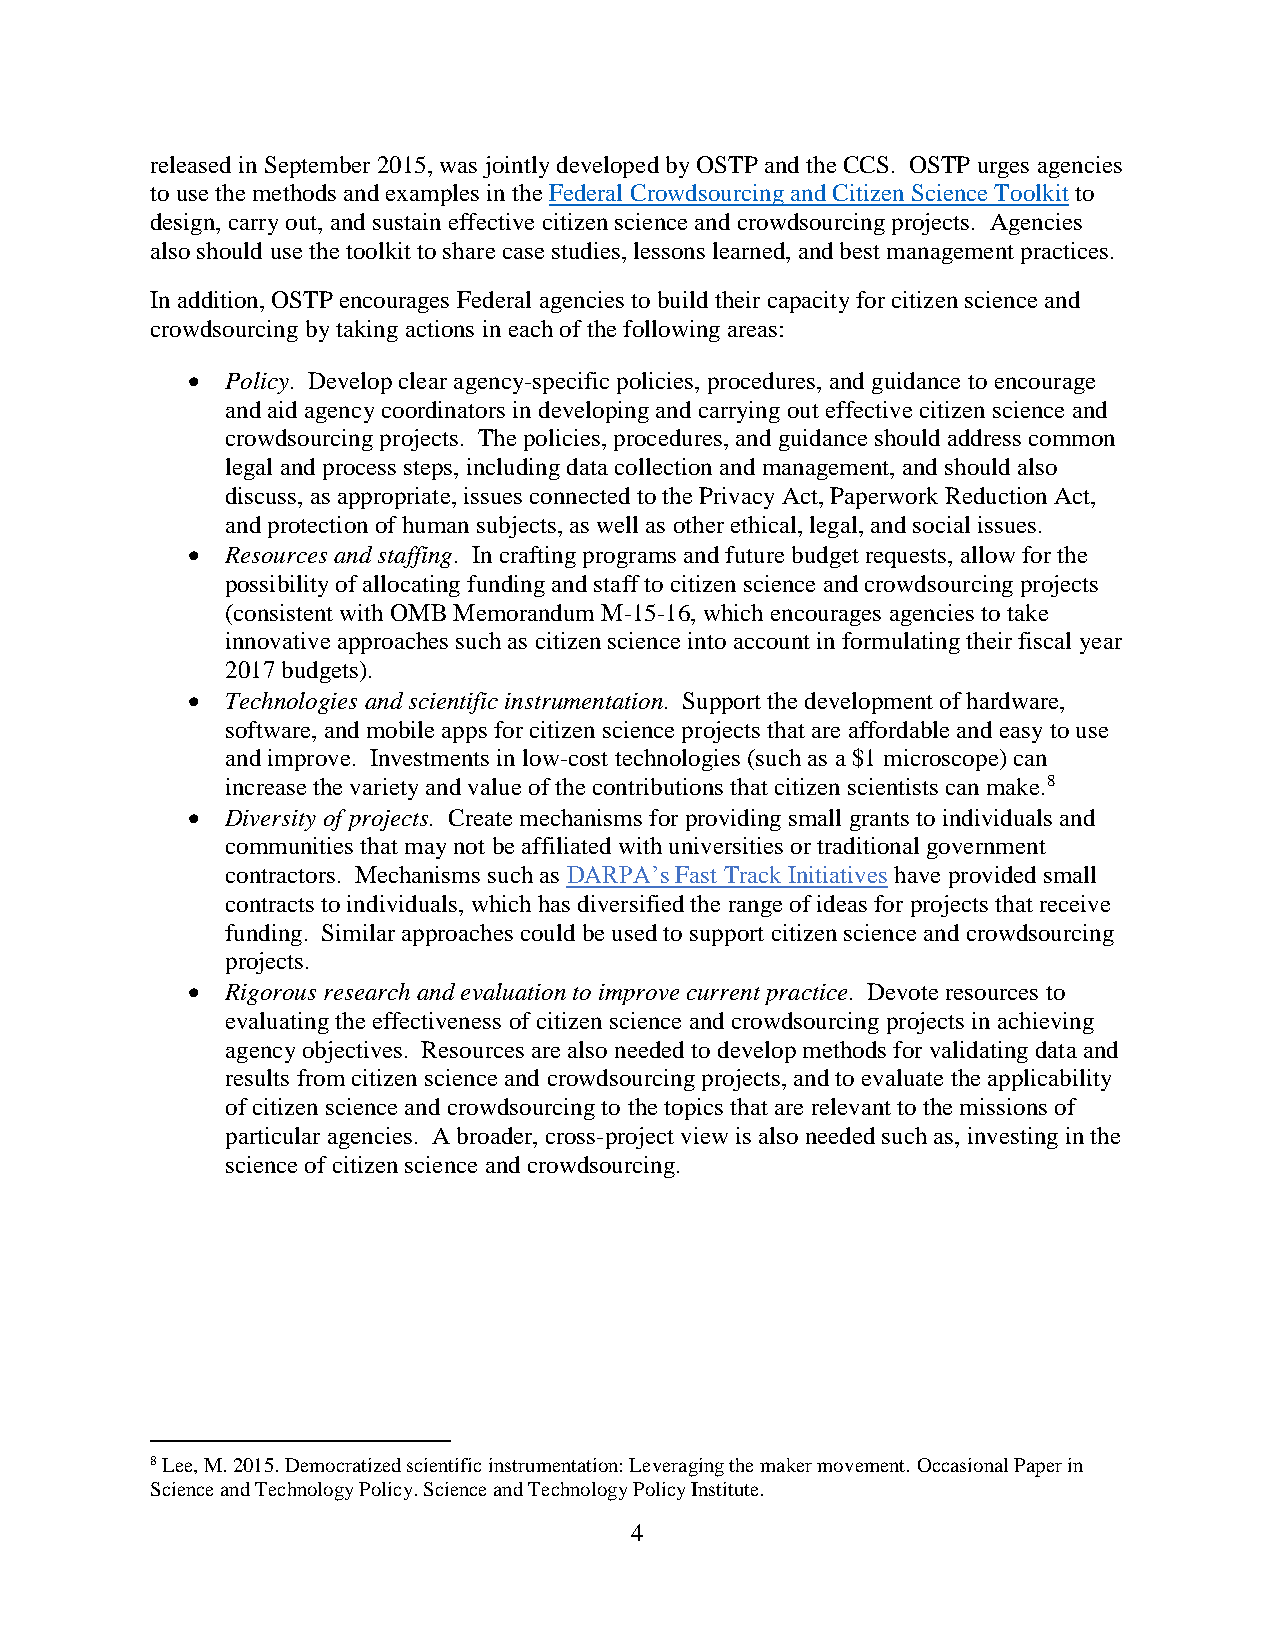
released in September 2015, was jointly developed by OSTP and the CCS. OSTP urges agencies
 to use the methods and examples in the Federal Crowdsourcing and Citizen Science Toolkit to
 design, carry out, and sustain effective citizen science and crowdsourcing projects. Agencies
 also should use the toolkit to share case studies, lessons learned, and best management practices.
 In addition, OSTP encourages Federal agencies to build their capacity for citizen science and
 crowdsourcing by taking actions in each of the following areas:
   Policy. Develop clear agency-specific policies, procedures, and guidance to encourage
 and aid agency coordinators in developing and carrying out effective citizen science and
 crowdsourcing projects. The policies, procedures, and guidance should address common
 legal and process steps, including data collection and management, and should also
 discuss, as appropriate, issues connected to the Privacy Act, Paperwork Reduction Act,
 and protection of human subjects, as well as other ethical, legal, and social issues.
   Resources and staffing. In crafting programs and future budget requests, allow for the
 possibility of allocating funding and staff to citizen science and crowdsourcing projects
 (consistent with OMB Memorandum M-15-16, which encourages agencies to take
 innovative approaches such as citizen science into account in formulating their fiscal year
 2017 budgets).
   Technologies and scientific instrumentation. Support the development of hardware,
 software, and mobile apps for citizen science projects that are affordable and easy to use
 and improve. Investments in low-cost technologies (such as a $1 microscope) can
 increase the variety and value of the contributions that citizen scientists can make.8
   Diversity of projects. Create mechanisms for providing small grants to individuals and
 communities that may not be affiliated with universities or traditional government
 contractors. Mechanisms such as DARPA’s Fast Track Initiatives have provided small
 contracts to individuals, which has diversified the range of ideas for projects that receive
 funding. Similar approaches could be used to support citizen science and crowdsourcing
 projects.
   Rigorous research and evaluation to improve current practice. Devote resources to
 evaluating the effectiveness of citizen science and crowdsourcing projects in achieving
 agency objectives. Resources are also needed to develop methods for validating data and
 results from citizen science and crowdsourcing projects, and to evaluate the applicability
 of citizen science and crowdsourcing to the topics that are relevant to the missions of
 particular agencies. A broader, cross-project view is also needed such as, investing in the
 science of citizen science and crowdsourcing.
 8 Lee, M. 2015. Democratized scientific instrumentation: Leveraging the maker movement. Occasional Paper in
 Science and Technology Policy. Science and Technology Policy Institute.
 4